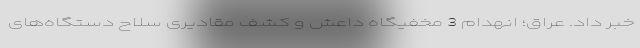
خبر داد. عراق؛ انهدام 3 مخفیگاه داعش و کشف مقادیری سلاح دستگاه‌های